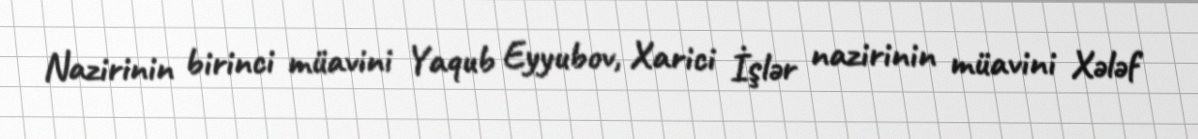
Nazirinin birinci müavini Yaqub Eyyubov, Xarici İşlər nazirinin müavini Xələf